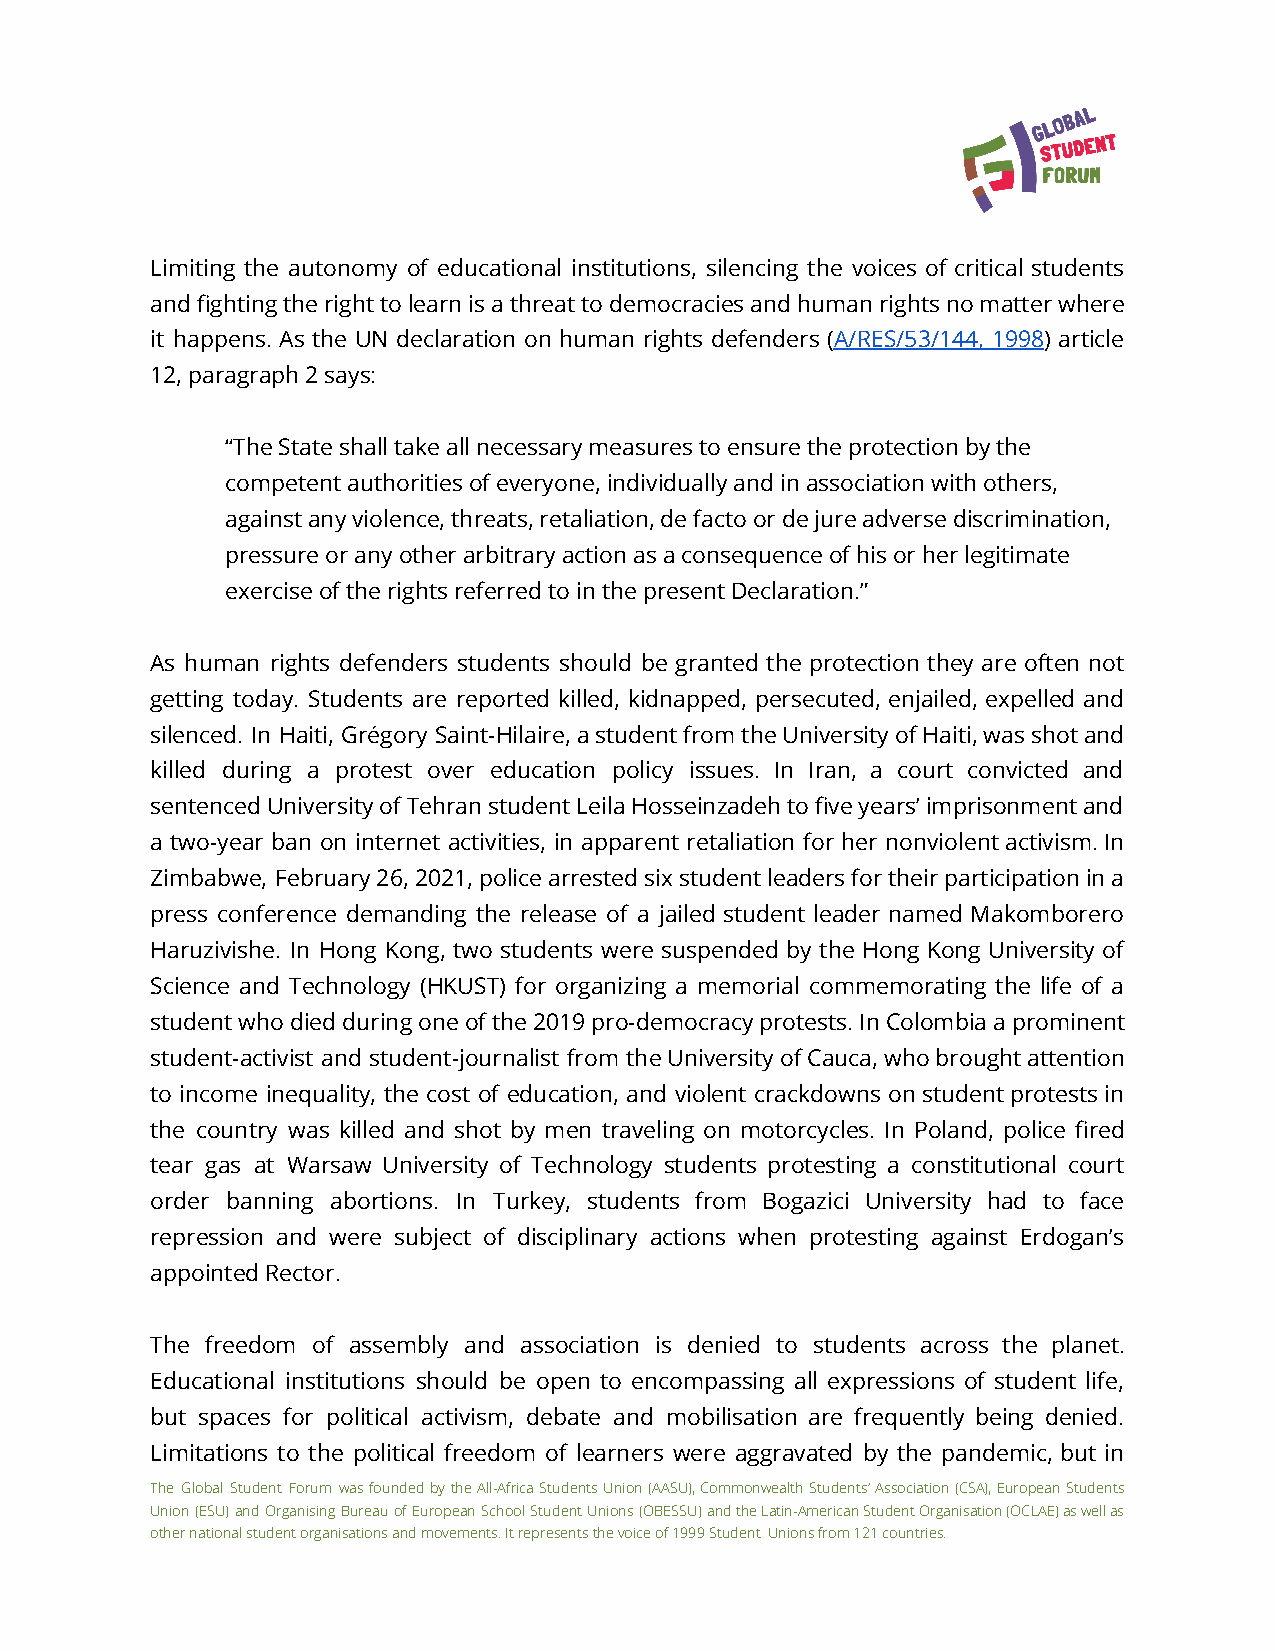
Limiting the autonomy of educational institutions, silencing the voices of critical students
 andfightingtherighttolearnisathreattodemocraciesandhumanrightsnomatterwhere
 it happens. As the UN declaration on human rights defenders (A/RES/53/144, 1998) article
 12, paragraph 2 says:
 “The State shall take all necessary measures to ensure the protection by the
 competent authorities of everyone, individually and in association with others,
 against any violence, threats, retaliation, de facto or de jure adverse discrimination,
 pressure or any other arbitrary action as a consequence of his or her legitimate
 exercise of the rights referred to in the present Declaration.”
 As human rights defenders students should be granted the protection they are often not
 getting today. Students are reported killed, kidnapped, persecuted, enjailed, expelled and
 silenced. In Haiti, Grégory Saint-Hilaire,astudentfromtheUniversityofHaiti,wasshotand
 killed during a protest over education policy issues. In Iran, a court convicted and
 sentencedUniversityofTehranstudentLeilaHosseinzadehtofiveyears’imprisonmentand
 a two-year ban on internet activities, in apparent retaliation for her nonviolentactivism.In
 Zimbabwe, February26,2021,policearrestedsixstudentleadersfortheirparticipationina
 press conference demanding the release of a jailed student leader named Makomborero
 Haruzivishe. In Hong Kong, two students were suspended by the Hong Kong University of
 Science and Technology (HKUST) for organizing a memorial commemorating the life of a
 studentwhodiedduringoneofthe2019pro-democracyprotests.InColombiaaprominent
 student-activist and student-journalist from theUniversityofCauca,whobroughtattention
 to income inequality, the cost of education, and violent crackdowns onstudentprotestsin
 the country was killed and shot by men traveling on motorcycles. In Poland, police fired
 tear gas at Warsaw University of Technology students protesting a constitutional court
 order banning abortions. In Turkey, students from Bogazici University had to face
 repression and were subject of disciplinary actions when protesting against Erdogan’s
 appointed Rector.
 The freedom of assembly and association is denied to students across the planet.
 Educational institutions should be open to encompassing all expressions of student life,
 but spaces for political activism, debate and mobilisation are frequently being denied.
 Limitations to the political freedom of learners were aggravated by the pandemic, but in
 The Global Student Forum wasfoundedbytheAll-AfricaStudentsUnion(AASU),CommonwealthStudents’Association(CSA),EuropeanStudents
 Union(ESU)andOrganisingBureauofEuropeanSchoolStudentUnions(OBESSU)andtheLatin-AmericanStudentOrganisation(OCLAE)aswellas
 other national student organisations and movements. It represents the voice of 1999 Student Unions from 121 countries.